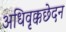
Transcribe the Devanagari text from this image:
अधिवृक्कछेदन